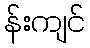
န်းကျင်